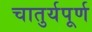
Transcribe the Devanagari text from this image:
चातुर्यपूर्ण